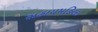
સહાયમહિલા